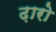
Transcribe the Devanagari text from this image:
ढ़ारो